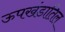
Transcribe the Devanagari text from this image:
ऊपखंडातिल